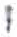
אות: י